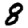
Digit: 8